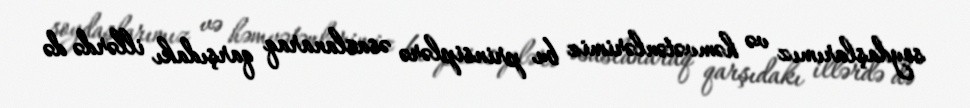
soydaşlarımız və həmvətənlərimiz bu prinsiplərə əsaslanaraq qarşıdakı illərdə də